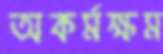
অকর্মক্ষম